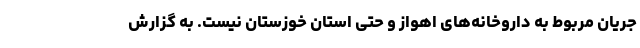
جریان مربوط به داروخانه‌های اهواز و حتی استان خوزستان نیست. به گزارش